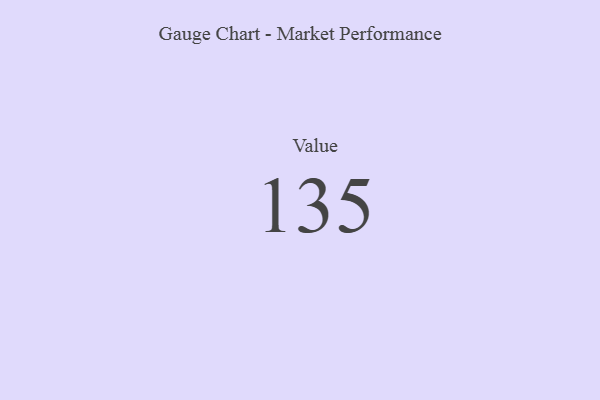
{"axis": {"x": "Metric", "y": "Value"}, "legend": [""], "data": [{"x": "Value", "y": 135, "type": ""}]}